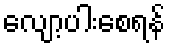
လျော့ပါးစေရန်